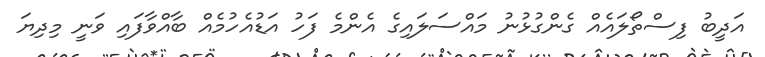
އަދީބު ފިސްތޯލައެއް ގެންގުޅުނު މައްސަލައިގެ އެންމެ ފަހު އަޑުއެހުމެއް ބާއްވާފައި ވަނީ މިދިޔަ